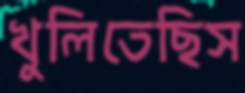
খুলিতেছিস